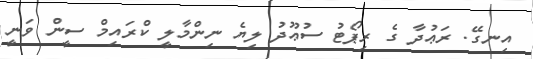
އިނގޭ. ރަޢުދާ ގެ ރިޕޯޓު ސުޢޫދު ލިޔެ ނިންމާލީ ކްރައިމް ސީން ވަނީ